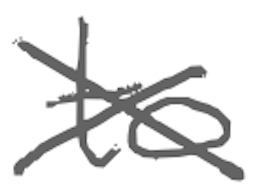
Text: to
Cross-out: cross
Writing tool: digital_gray